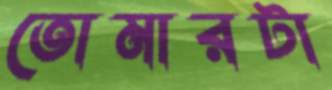
তোমারটা